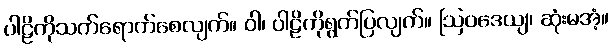
ပါဠိကိုသက်ရောက်စေလျက်။ ဝါ၊ ပါဠိကိုရွက်ပြလျက်။ ဩဝဒေယျ၊ ဆုံးမအံ့။